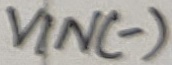
Text: VIN(-)